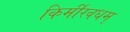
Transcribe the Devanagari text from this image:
किर्मीरवधम्